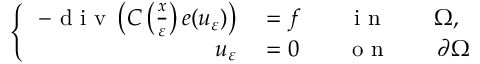
\left\{ \, \begin{array} { r l } { - \mathrm { ~ d ~ i ~ v ~ } \left( C \left( \frac { x } { \varepsilon } \right) e ( u _ { \varepsilon } ) \right) } & { { } = f \qquad \mathrm { ~ i ~ n ~ } \qquad \Omega , } \\ { u _ { \varepsilon } } & { { } = 0 \qquad \mathrm { ~ o ~ n ~ } \qquad \partial \Omega } \end{array} \right.